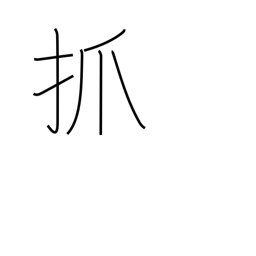
Meaning: pick